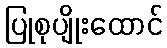
ပြုစုပျိုးထောင်